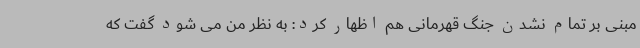
مبنی بر تمام نشدن جنگ قهرمانی هم اظهار کرد: به نظر من می شود گفت که